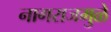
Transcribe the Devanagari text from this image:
नागराजमुळे